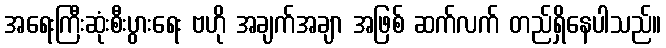
အရေးကြီးဆုံးစီးပွားရေး ဗဟို အချက်အချာ အဖြစ် ဆက်လက် တည်ရှိနေပါသည်။